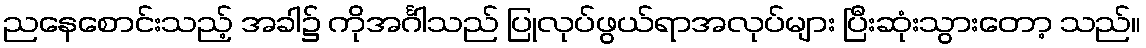
ညနေစောင်းသည့် အခါ၌ ကိုအင်္ဂါသည် ပြုလုပ်ဖွယ်ရာအလုပ်များ ပြီးဆုံးသွားတော့ သည်။